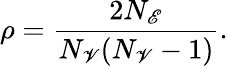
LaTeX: \rho=\frac{2N_{\mathscr{E}}}{N_{\mathscr{V}}(N_{\mathscr{V}}-1)}.